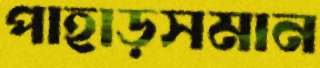
পাহাড়সমান